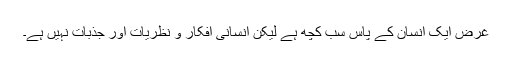
غرض ایک انسان کے پاس سب کچھ ہے لیکن انسانی افکار و نظریات اور جذبات نہیں ہے۔